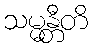
သမ္မန္တီတိ